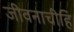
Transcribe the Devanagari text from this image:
जीवनाचीहि